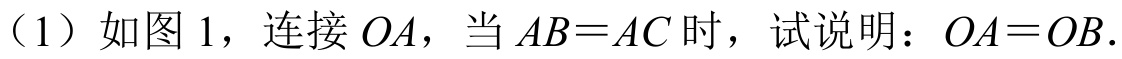
（1）如图 1，连接 \(OA\)，当 \(AB = AC\) 时，试说明：\(OA = OB\).